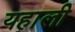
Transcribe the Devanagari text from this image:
यहाली